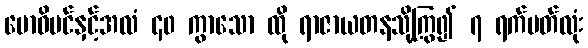
ဗောဓိပင်နှင့်အလံ ၄၀ ကွာသော ထို ရာဇာယတနသို့ကြွ၍ ၇ ရက်ပတ်လုံး